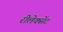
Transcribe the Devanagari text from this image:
रीलेक्सेंट